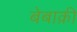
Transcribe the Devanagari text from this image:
बेबाक़ी